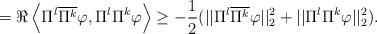
LaTeX: \begin{align*}=\Re\left\langle \Pi^{l}\overline{\Pi^{k}}\varphi,\Pi^{l}\Pi^{k}\varphi\right\rangle \geq-\frac{1}{2}(||\Pi^{l}\overline{\Pi^{k}}\varphi||_{2}^{2}+||\Pi^{l}\Pi^{k}\varphi||_{2}^{2}).\end{align*}